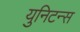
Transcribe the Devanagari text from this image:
युनिटन्स